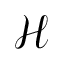
\mathcal { H }